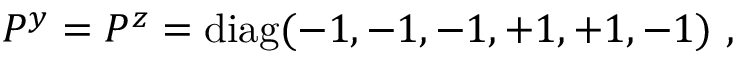
P ^ { y } = P ^ { z } = \mathrm { d i a g } ( - 1 , - 1 , - 1 , + 1 , + 1 , - 1 ) ~ , ~ \,